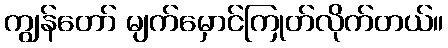
ကျွန်တော် မျက်မှောင်ကြုတ်လိုက်တယ်။